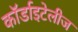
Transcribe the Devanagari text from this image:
कॉर्डाइटेलीज